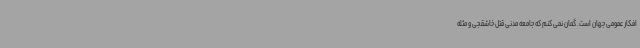
افکار عمومی جهان است. گمان نمی کنم که جامعه مدنی قتل خاشقجی و مثله